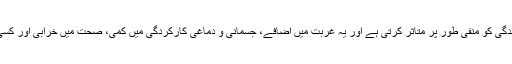
عالمی ادارہ صحت کے مطابق تمباکو نوشی ہر شعبہ زندگی کو منفی طور پر متاثر کرتی ہے اور یہ غربت میں اضافے، جسمانی و دماغی کارکردگی میں کمی، صحت میں خرابی اور کسی جگہ کی فضائی آلودگی میں اضافے کا سبب بنتی ہے۔